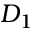
D _ { 1 }